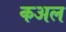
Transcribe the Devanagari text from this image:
कअल